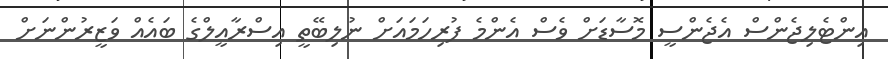
އިންޓެލިޖެންސް އެޖެންސީ މޮސާޑަށް ވެސް އެންމެ ފުރިހަމައަށް ނުލިބޭތީ އިސްރާއީލްގެ ބައެއް ވަޒީރުންނަށް